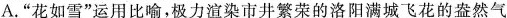
A.”花如雪”运用比喻，极力渲染市井繁荣的洛阳满城飞花的盎然气